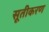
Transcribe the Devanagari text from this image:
सूतीकरण